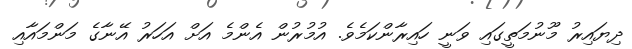
ދިޔައިރު މޫނުމަތީގައި ވަނީ ހައިރާންކަމެވެ. އުމުރުން އެންމެ އަށް އަހަރު އޭނާގެ މަންމައާއި